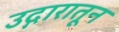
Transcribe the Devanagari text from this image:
उद्गारातून